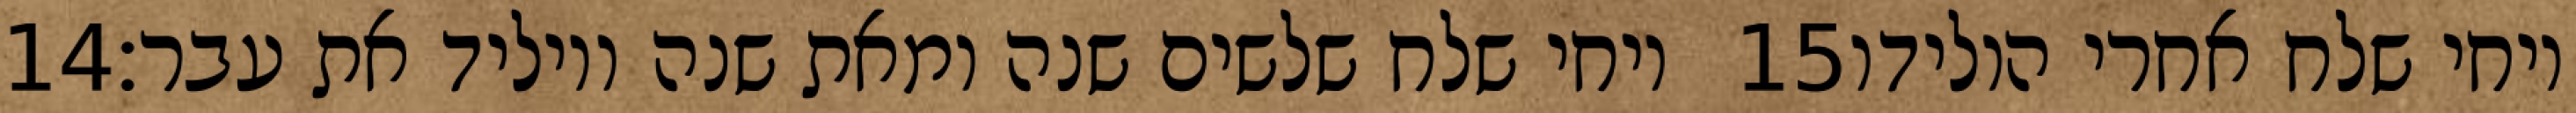
‎14‏ ויחי שלח שלשים שנה ומאת שנה ויוליד את עבר׃ ‎15‏ ויחי שלח אחרי הולידו